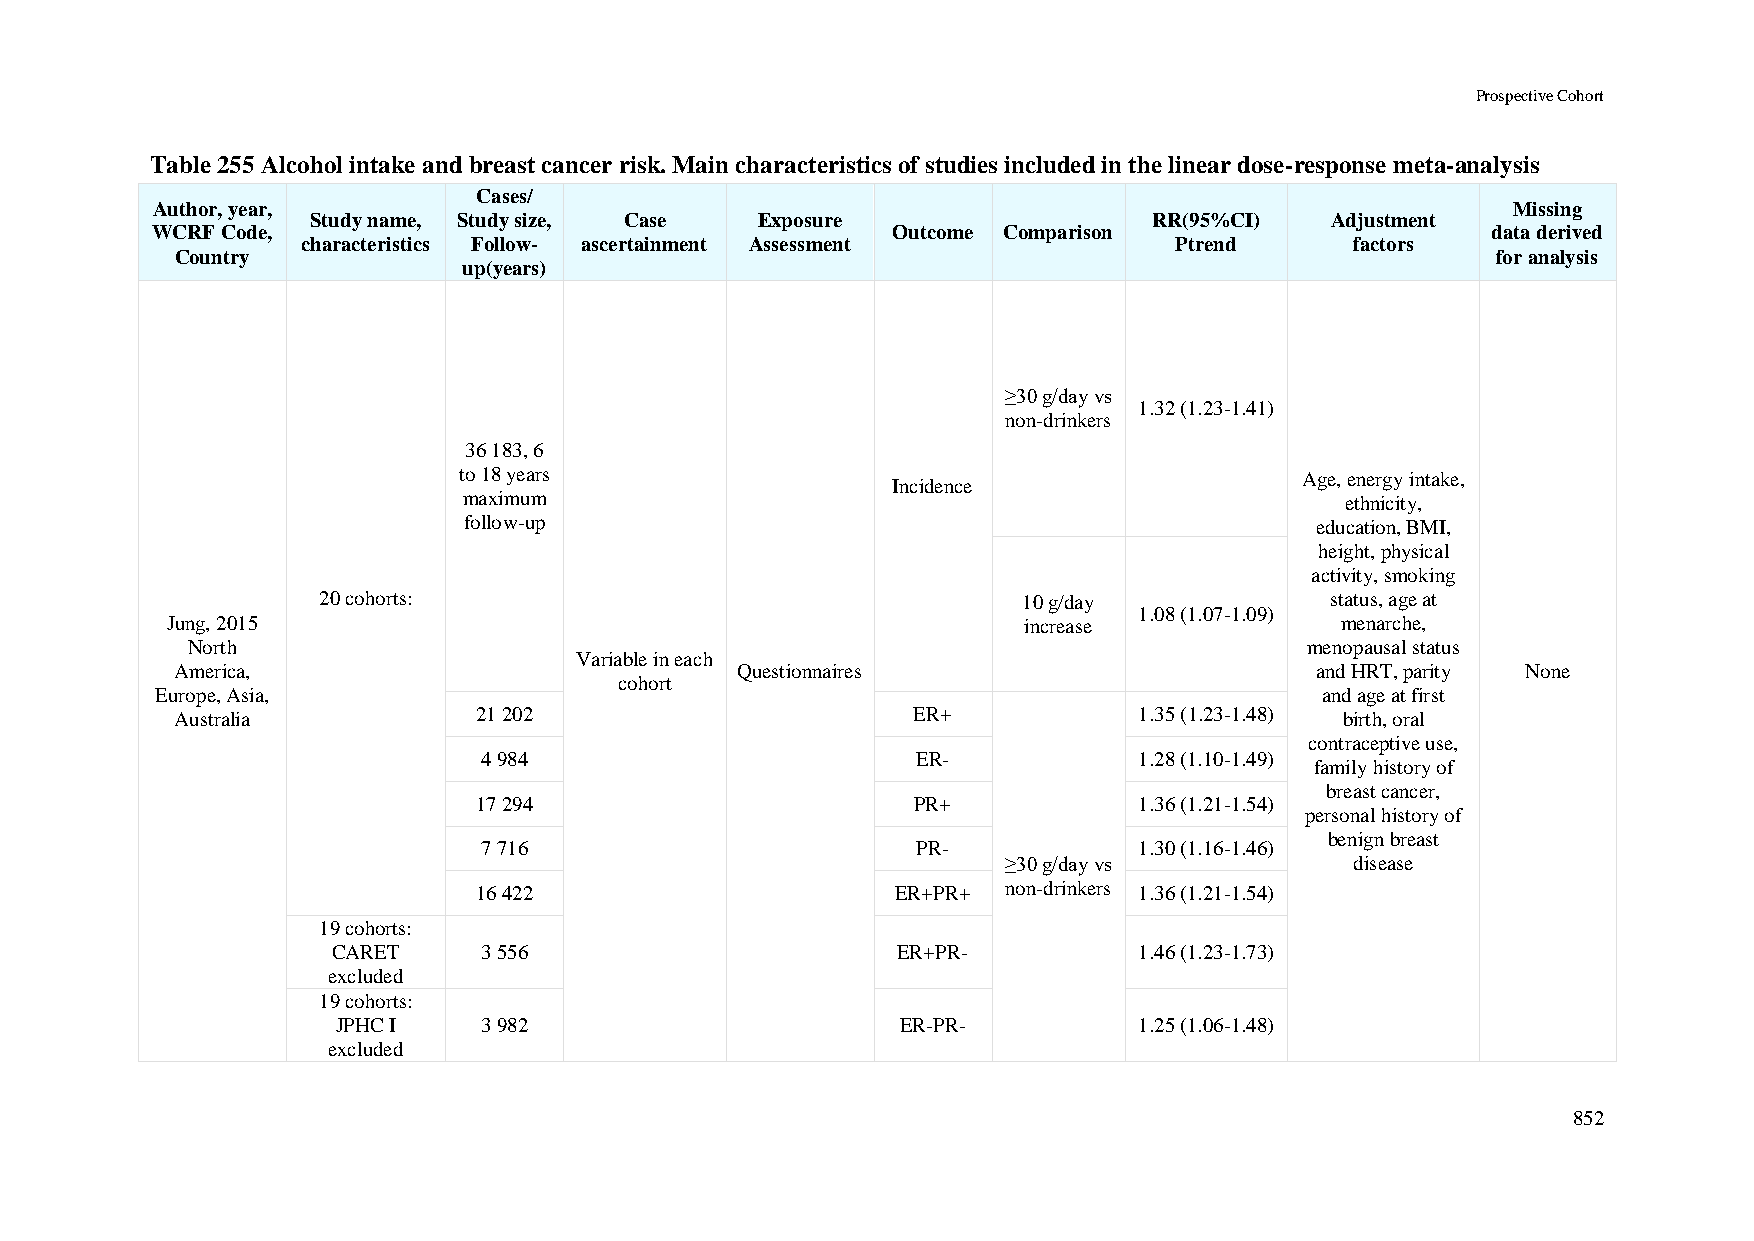
Prospective Cohort
 Table 255 Alcohol intake and breast cancer risk. Main characteristics of studies included in the linear dose-response meta-analysis
 Cases/
 Author, year,                                                                             Missing
 Study name, Study size, Case Exposure                  RR(95%CI)   Adjustment
 WCRF Code,                                       Outcome Comparison                      data derived
 characteristics Follow- ascertainment Assessment          Ptrend      factors
 Country                                                                                for analysis
 up(years)
 ≥30 g/day vs
 1.32 (1.23-1.41)
 non-drinkers
 36 183, 6
 to 18 years                                             Age, energy intake,
 Incidence
 maximum                                                   ethnicity,
 follow-up                                               education, BMI,
 height, physical
 activity, smoking
 20 cohorts:                                    10 g/day            status, age at
 1.08 (1.07-1.09)
 Jung, 2015                                               increase             menarche,
 North                                                                      menopausal status
 Variable in each
 America,                             Questionnaires                        and HRT, parity None
 cohort
 Europe, Asia,                                                                and age at first
 Australia          21 202                       ER+            1.35 (1.23-1.48) birth, oral
 contraceptive use,
 4 984                        ER-           1.28 (1.10-1.49)
 family history of
 breast cancer,
 17 294                        PR+           1.36 (1.21-1.54)
 personal history of
 benign breast
 7 716                        PR-           1.30 (1.16-1.46)
 ≥30 g/day vs           disease
 16 422                      ER+PR+  non-drinkers 1.36 (1.21-1.54)
 19 cohorts:
 CARET     3 556                      ER+PR-          1.46 (1.23-1.73)
 excluded
 19 cohorts:
 JPHC I    3 982                       ER-PR-         1.25 (1.06-1.48)
 excluded
 852